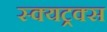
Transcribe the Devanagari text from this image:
स्क्यट्रक्स